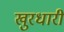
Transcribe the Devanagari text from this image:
खुरधारी